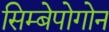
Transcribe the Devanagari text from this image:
सिम्बेपोगोन